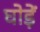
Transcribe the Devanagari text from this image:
घोड़ें